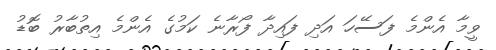
ވީމާ އެންމެ ފަސޭހަ އަދި ފައިދާ ފޯރާނެ ކަމުގެ އެންމެ އިތުބާރު ބޮޑު